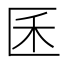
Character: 𰅤